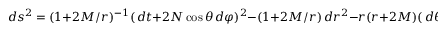
d s ^ { 2 } = ( 1 + 2 M / r ) ^ { - 1 } ( \, d t + 2 N \cos \theta \, d \varphi ) ^ { 2 } - ( 1 + 2 M / r ) \, d r ^ { 2 } - r ( r + 2 M ) ( \, d \theta ^ { 2 } + \sin ^ { 2 } \theta \, d \varphi ^ { 2 } ) \, .